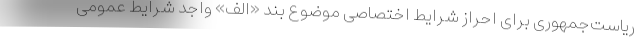
ریاست‌جمهوری برای احراز شرایط اختصاصی موضوع بند «الف» واجد شرایط عمومی